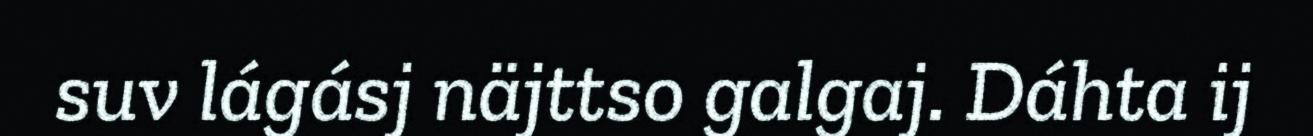
suv lágásj näjttso galgaj. Dáhta ij